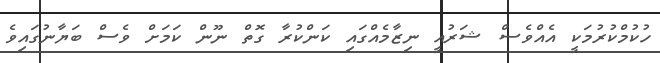
ހުކުމްކުރުމަކީ އެއްވެސް ޝަރުއީ ނިޒާމެއްގައި ކަންކުރާ ގޮތް ނޫން ކަމަށް ވެސް ބަޔާނުގައިވެ